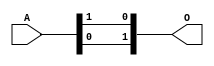
`timescale 1ns / 1ps
//////////////////////////////////////////////////////////////////////////////////
// Company: 
// Engineer: 
// 
// Design Name: 
// Module Name: GF2p2_inverter
// Project Name: 
// Target Devices: 
// Tool Versions: 
// Description: 
// 
// Dependencies: 
// 
// Revision:
// Revision 0.01 - File Created
// Additional Comments:
// 
//////////////////////////////////////////////////////////////////////////////////

//1
module GF2p2_inverter(O,A);
input [1:0] A;
output [1:0] O;
assign O[0]=A[1];
assign O[1]=A[0];
endmodule